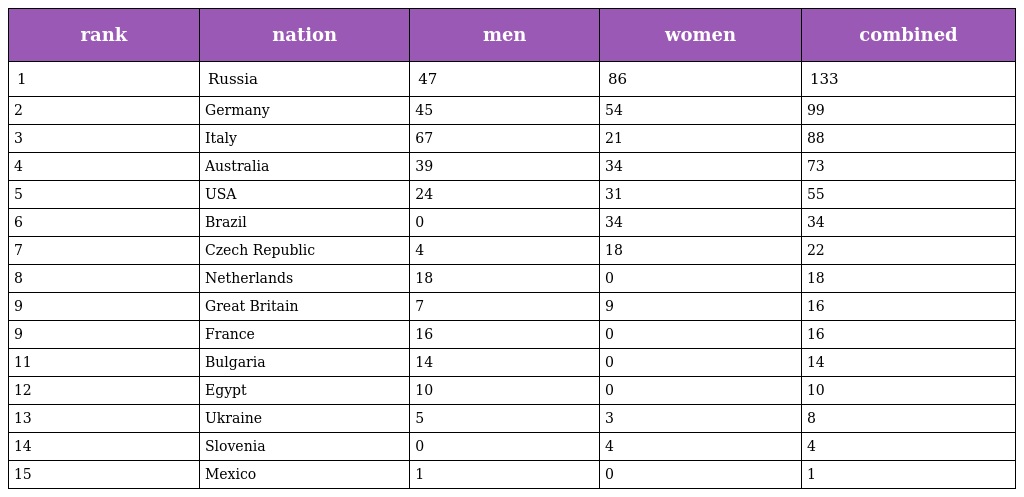
| rank | nation | men | women | combined |
 | --- | --- | --- | --- | --- |
 | 1 | Russia | 47 | 86 | 133 |
 | 2 | Germany | 45 | 54 | 99 |
 | 3 | Italy | 67 | 21 | 88 |
 | 4 | Australia | 39 | 34 | 73 |
 | 5 | USA | 24 | 31 | 55 |
 | 6 | Brazil | 0 | 34 | 34 |
 | 7 | Czech Republic | 4 | 18 | 22 |
 | 8 | Netherlands | 18 | 0 | 18 |
 | 9 | Great Britain | 7 | 9 | 16 |
 | 9 | France | 16 | 0 | 16 |
 | 11 | Bulgaria | 14 | 0 | 14 |
 | 12 | Egypt | 10 | 0 | 10 |
 | 13 | Ukraine | 5 | 3 | 8 |
 | 14 | Slovenia | 0 | 4 | 4 |
 | 15 | Mexico | 1 | 0 | 1 |